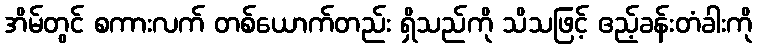
အိမ်တွင် စကားလက် တစ်ယောက်တည်း ရှိသည်ကို သိသဖြင့် ဧည့်ခန်းတံခါးကို